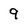
Character: 9